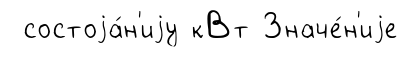
состоjа́н'иjу кВт Значе́н'иjе